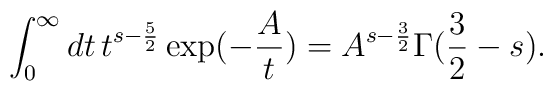
\int_{0}^{\infty }dt\,t^{s-\frac{5}{2}}\exp (-\frac{A}{t})=A^{s-\frac{3}{2}}\Gamma (\frac{3}{2}-s).